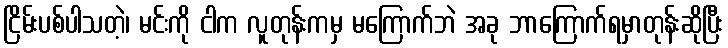
ငြိမ်းပစ်ပါသတဲ့၊ မင်းကို ငါက လူတုန်းကမှ မကြောက်ဘဲ အခု ဘာကြောက်ရမှာတုန်းဆိုပြီး